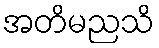
အတိမညသိ